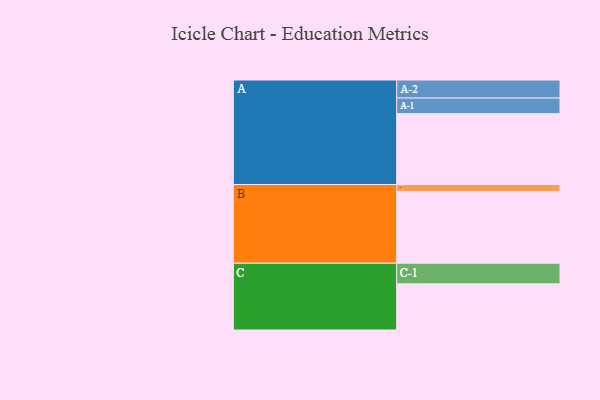
{"axis": {"x": "Segment", "y": "Value"}, "legend": ["", "A", "B", "C"], "data": [{"x": "A", "y": 554, "type": ""}, {"x": "B", "y": 560, "type": ""}, {"x": "C", "y": 361, "type": ""}, {"x": "A-1", "y": 122, "type": "A"}, {"x": "A-2", "y": 141, "type": "A"}, {"x": "B-1", "y": 55, "type": "B"}, {"x": "C-1", "y": 161, "type": "C"}]}